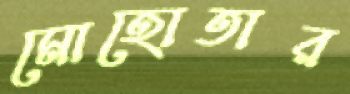
মোহোতার